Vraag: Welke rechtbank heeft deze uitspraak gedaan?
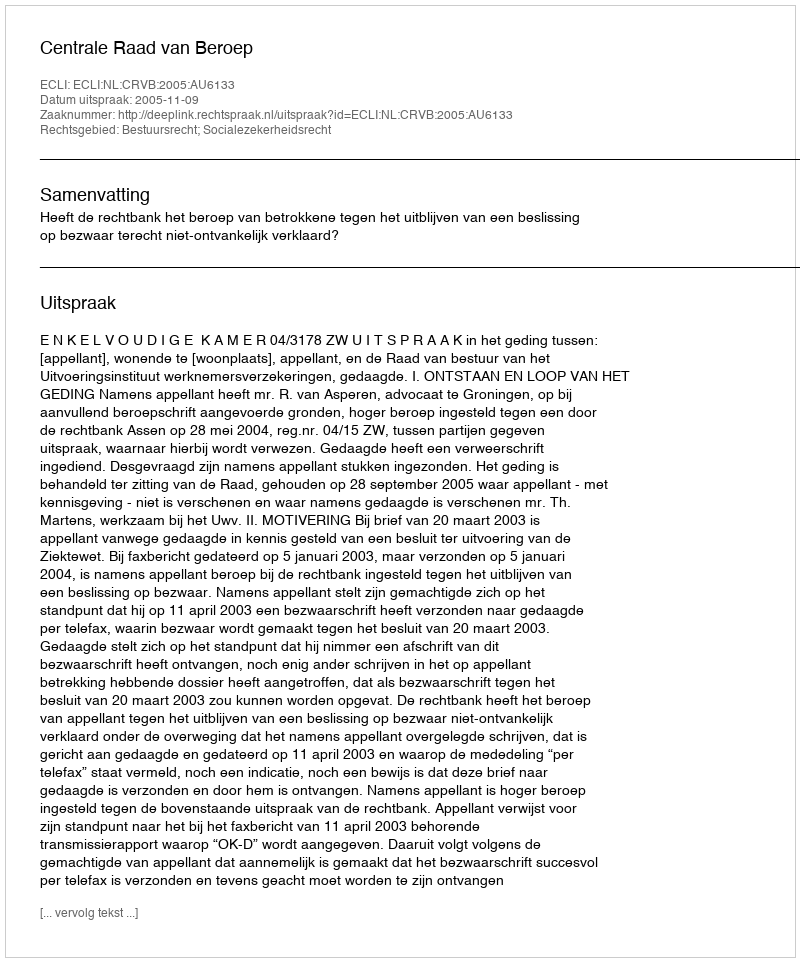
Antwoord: Centrale Raad van Beroep